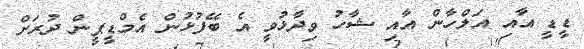
ޑީޑީ އާއި އަލްހާން އާއި ޝާހު ވިދާޅުވީ އެ ބޭފުޅުން އެމްޑީޕީން ދުރަށް